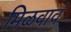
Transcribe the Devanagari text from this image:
मिळवावं